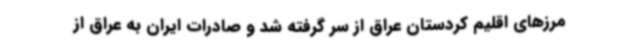
مرزهای اقلیم کردستان عراق از سر گرفته شد و صادرات ایران به عراق از